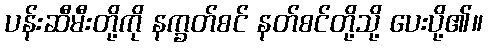
ပန်းဆီမီးတို့ကို နက္ခတ်စင် နတ်စင်တို့သို့ ပေးပို့၏။